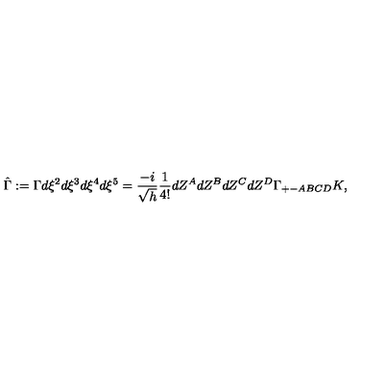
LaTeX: \hat { \Gamma } : = \Gamma d \xi ^ { 2 } d \xi ^ { 3 } d \xi ^ { 4 } d \xi ^ { 5 } = \frac { - i } { \sqrt { h } } \frac { 1 } { 4 ! } d Z ^ { A } d Z ^ { B } d Z ^ { C } d Z ^ { D } \Gamma _ { + - A B C D } K ,